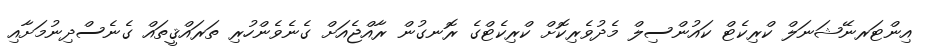
އިންޓަރނޭޝަނަލް ކްރިކެޓް ކައުންސިލް މެދުވެރިކޮށް ކްރިކެޓްގެ ރޮނގުން ރާއްޖެއަށް ގެނެވެންހުރި ތަރައްޤީތައް ގެނެސްދިނުމަށާއި